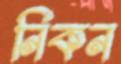
নিকন